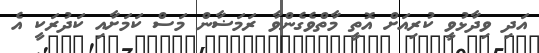
އަދި ވިދާޅުވީ ކުރިއަށް އޮތީ މާތްވެގެންވާ ރަމަޟާން މަސް ކަމަށާއި ކަދުރަކީ އެ